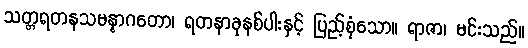
သတ္တရတနသမန္နာဂတော၊ ရတနာခုနစ်ပါးနှင့် ပြည့်စုံသော။ ရာဇာ၊ မင်းသည်။